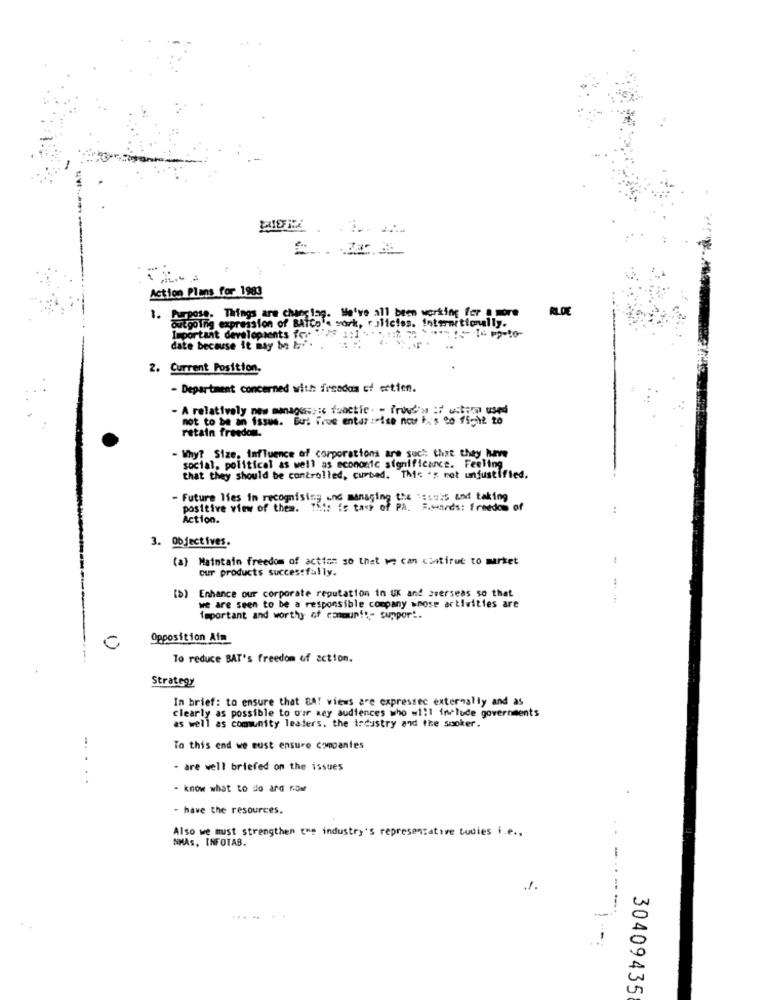
Action Plans for 1983
1. Purpose. Things are chanslag. We've all been working for a more
outgoing expression of BATCole york, r.ulicies. Internitionally.
Important developments for VMe 2:1
date because it may be la".
2. Current Position.
- Department concerned with freedom of ectien.
- A relatively new managisce:‹ functie . - Proud's :f ustion used
not to be an issue. But True entar :rise now ix's Co ficil to
retain freedom.
- Why? Size, Influence of corporations are such that they have
social, political as well as economic significance. Feeling
that they should be controlled, curbed. TMc 's not unjustified.
- Future lies in recognising and managing the access and taking
positive view of them. This is tacy of PA. S.wards: freedom of
:
Action.
3. Objectives.
(a) Maintain freedom of action: so that we can continue to market
our products successfully.
[b) Enhance our corporate reputation in UK and overseas so that
.......
we are seen to be a responsible company whose activities are
important and worthy of commun !:- support.
Opposition Afm
To reduce BAT's freedom of action.
Strategy
In brief: to ensure that BA! views are expressec externally and as
clearly as possible to our ney audiences who will include governments
as well as community leaders. the industry and the snoker.
To this end we must ensure compantes
- are well briefed on the issues
. .
- know what to do ard row
- have the resources.
Also we must strengthen the industry's representative tuoies i.e .,
NMAS, INFOTAB.
.1.
-
30409435